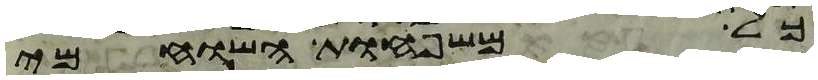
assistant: כל משפחות השוחמי